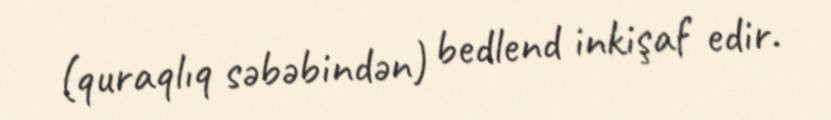
(quraqlıq səbəbindən) bedlend inkişaf edir.